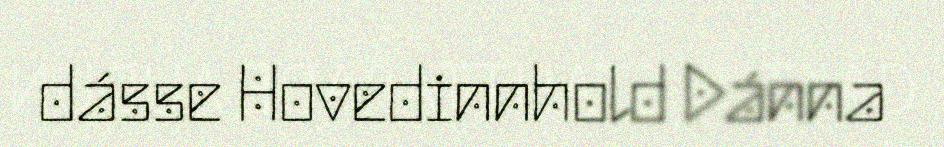
dásse Hovedinnhold Dánna